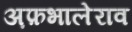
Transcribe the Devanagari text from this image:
अ़फ़भालेराव